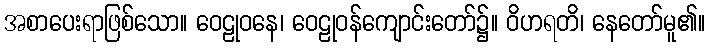
အစာပေးရာဖြစ်သော။ ဝေဠုဝနေ၊ ဝေဠုဝန်ကျောင်းတော်၌။ ဝိဟရတိ၊ နေတော်မူ၏။